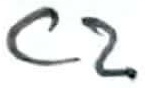
Text: C2